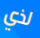
لذي